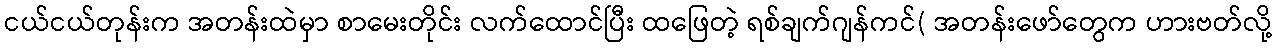
ငယ်ငယ်တုန်းက အတန်းထဲမှာ စာမေးတိုင်း လက်ထောင်ပြီး ထဖြေတဲ့ ရစ်ချက်ဂျန်ကင်( အတန်းဖော်တွေက ဟားဗတ်လို့